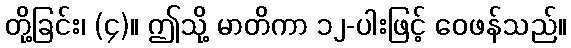
တို့ခြင်း၊ (၄)။ ဤသို့ မာတိကာ ၁၂-ပါးဖြင့် ဝေဖန်သည်။